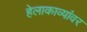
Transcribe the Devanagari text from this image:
हेलाकाव्यांवर